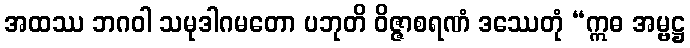
အထဿ ဘဂဝါ သမုဒါဂမတော ပဘုတိ ဝိဇ္ဇာစရဏံ ဒဿေတုံ “ဣဓ အမ္ဗဋ္ဌ